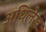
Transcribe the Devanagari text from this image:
अधिलेख